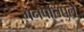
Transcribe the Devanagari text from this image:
गनपतिपुले